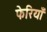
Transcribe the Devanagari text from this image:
फेरियाँ